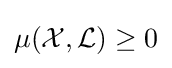
\operatorname {\mu } ({\mathcal {X}},{\mathcal {L}})\geq 0